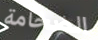
الضخامة